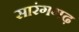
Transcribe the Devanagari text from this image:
सारंगगढ़